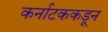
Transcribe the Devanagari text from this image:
कर्नाटककडून